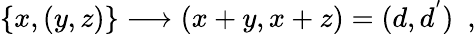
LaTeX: \{ x,(y,z)\} \longrightarrow(x+y,x+z)=(d,d^{'})\ \ ,